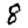
Digit: 8